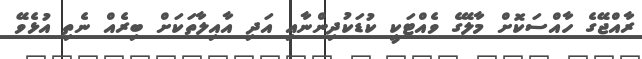
ރާއްޖޭގެ ހާއްސަކޮށް މާލޭގެ ވެއްޓަކީ ކުޑަކުދިންނާއި އަދި އާއިލާތަކަށް ބިރެއް ނެތި އުޅެވޭ